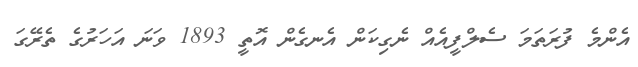
އެންމެ ފުރަތަމަ ސެލްފީއެއް ނެގިކަން އެނގެން އޮތީ 1893 ވަނަ އަހަރުގެ ތެރޭގަ